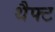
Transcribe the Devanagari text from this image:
थैफ्ट